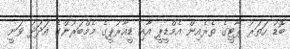
ބޮޑު ހަތަރު ޕާޓީގެ ތެރެއިން އެމްޑީޕީ އާއި ޑީއާރުޕީގެ މެމްބަރުންގެ އަދަދު ވަނީ